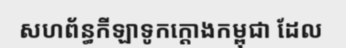
សហព័ន្ធកីឡាទូកក្តោងកម្ពុជា ដែល